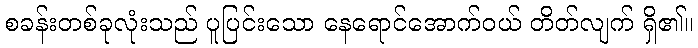
စခန်းတစ်ခုလုံးသည် ပူပြင်းသော နေရောင်အောက်ဝယ် တိတ်လျက် ရှိ၏။